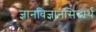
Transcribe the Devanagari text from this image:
ज्ञानविज्ञानसिद्ध्यर्थं